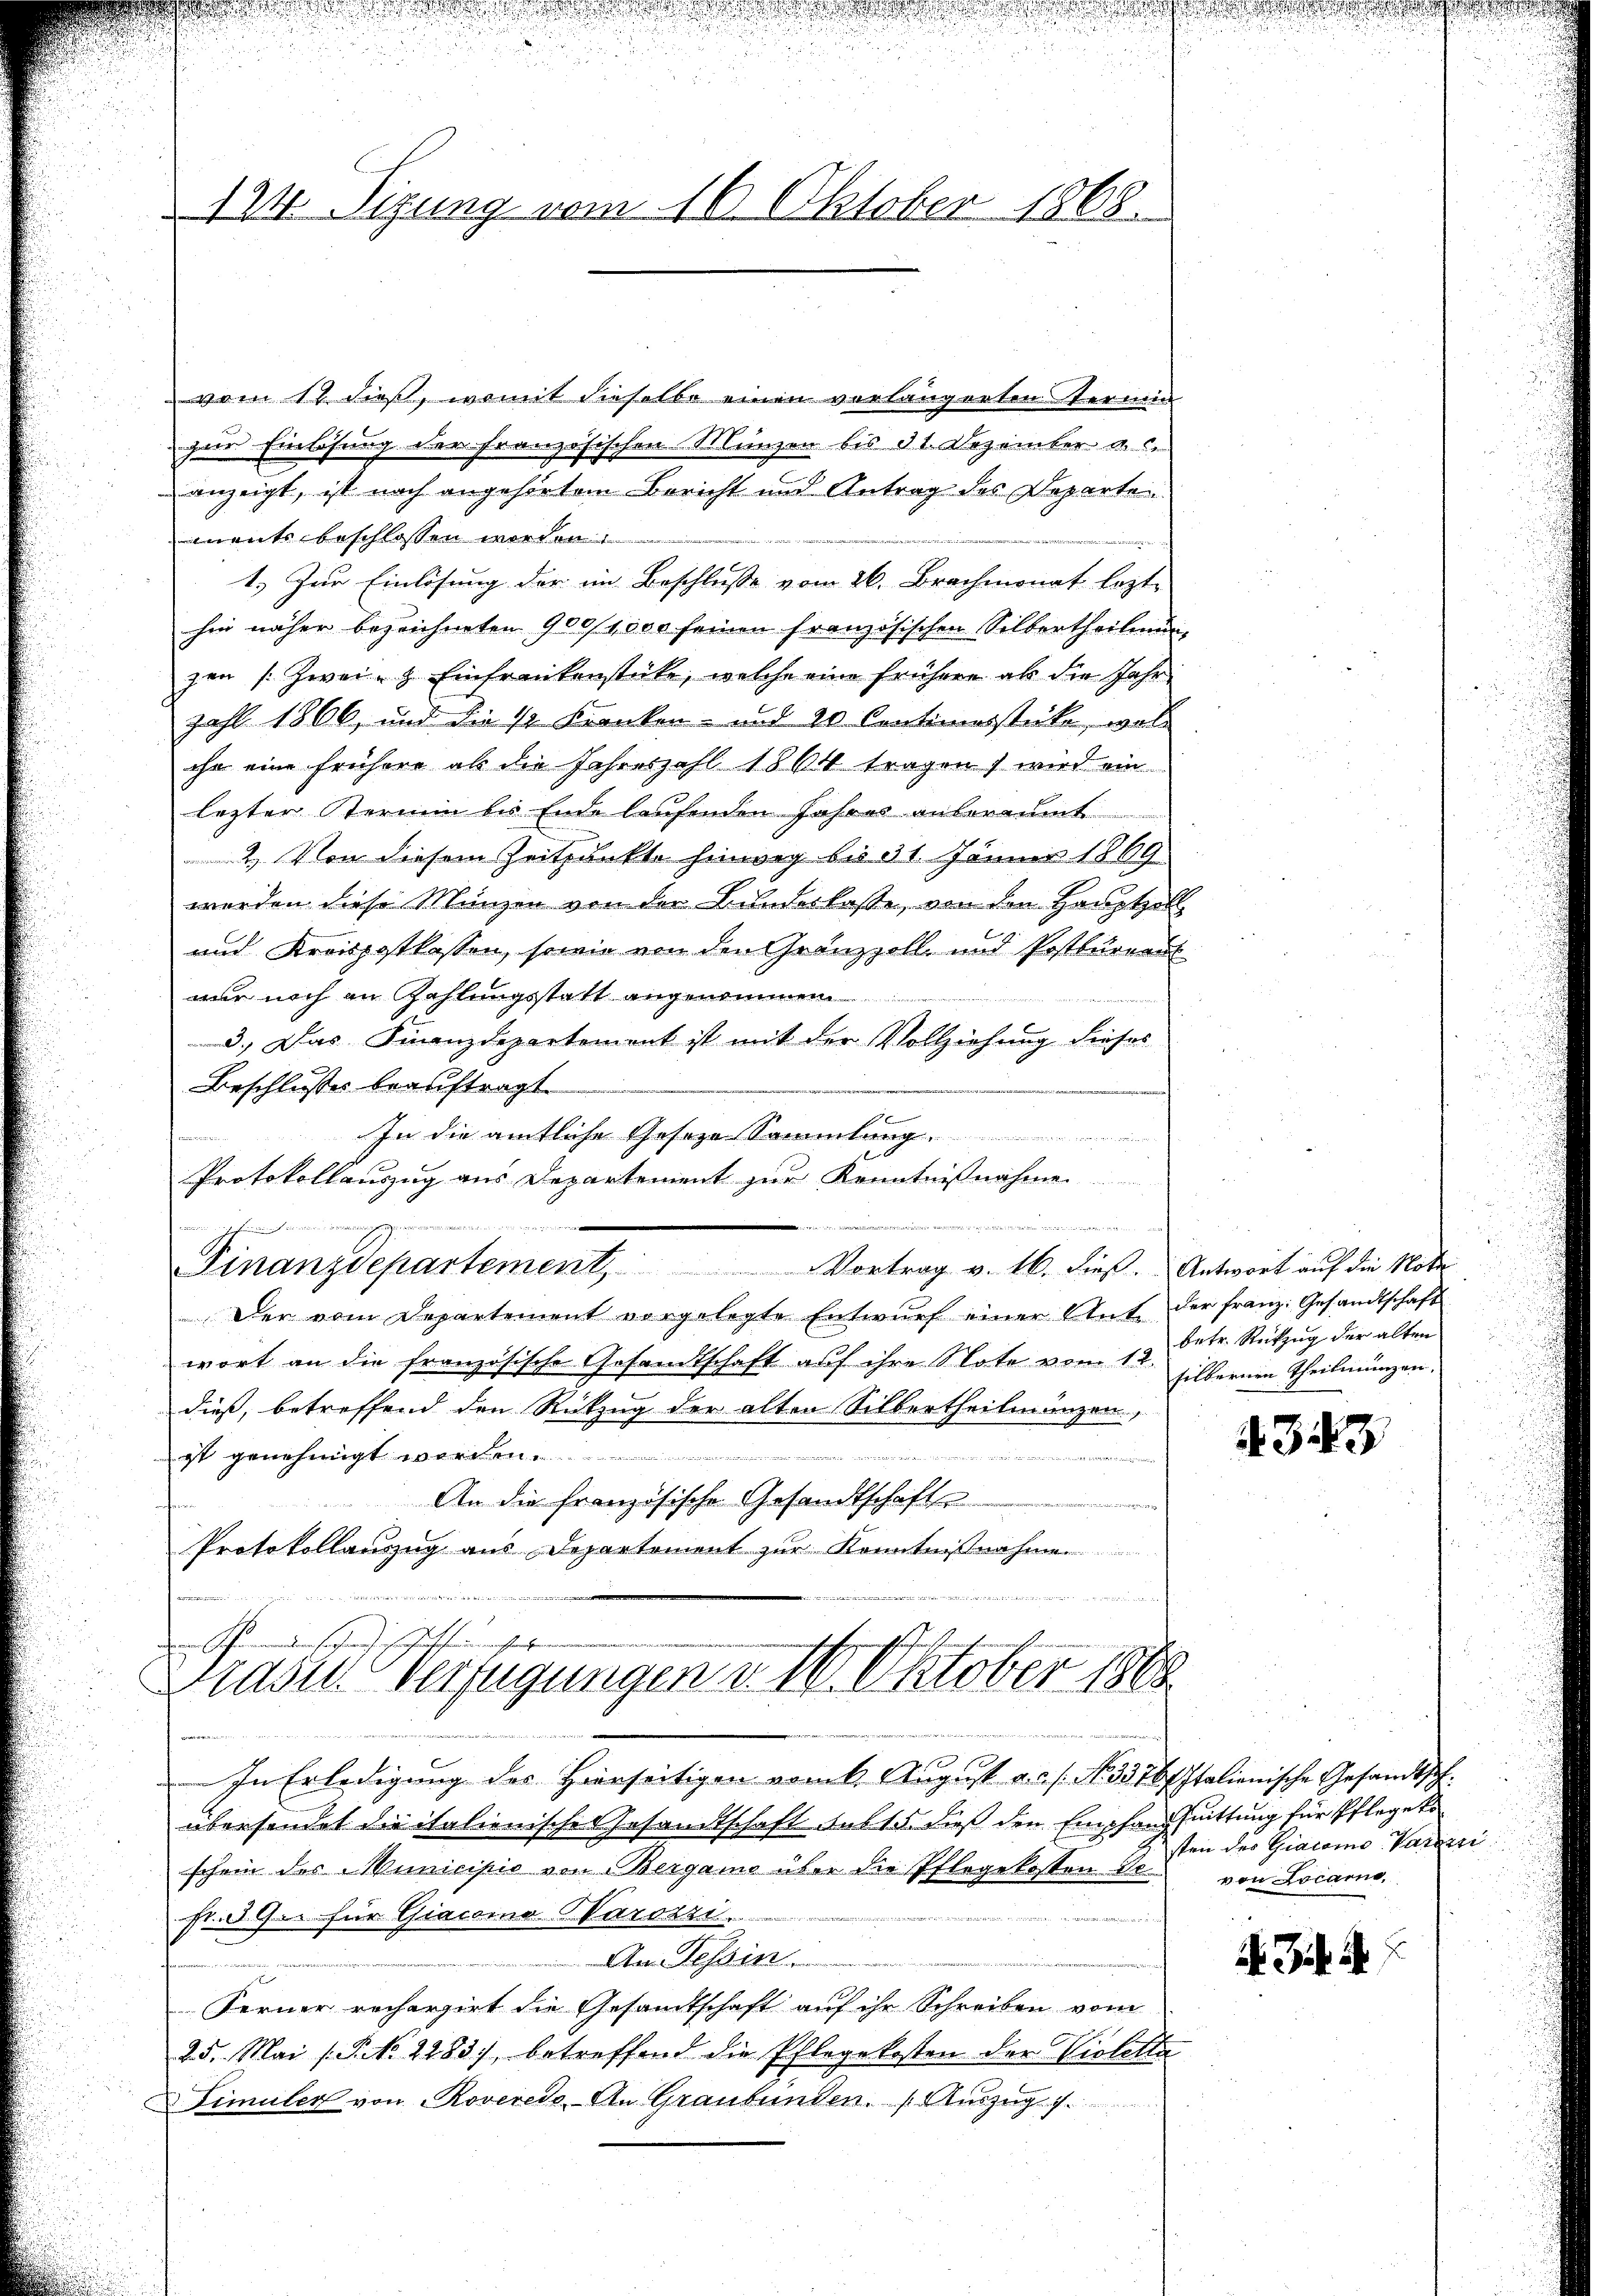
124. Sizung vom 16. Oktober 1868.

vom 17 dieß, womit dieselbe einen vorlängerten Fernein
zur Einlösung der französischen Münzen bis 31. Dezember a. c.
anzeigt, ist noch angehörtem Bericht und Antrag des Departemnent beschlossen worden.
1.) Zur Einlösung der im Beschlusse vom 26. Brachmonat lezte
hin näher bezeichneten 900/1000 seinen französischen Silbertheilmun-
zen Zwei- Einfrenkenstücke, welche eine frühere als die Jahr
zahl 1866, und die 1 Kranken- und 20 Centimerstücke, was
ihr eine frühere als die Jahreszahl 1864 tragen) wird ein
lezter Stermin bis Ende laufenden Jahres anberaumt
2. Von diesem Zeitpunkte hinweg bis 31 Jänner 1869
werden diese Münzen von der Bunderlasse, von den Haupthalt
und Kreispatlassen, sowie von den Gränzzoll- und Postbureau
nur noch an Zahlungsstatt angenommen
3.) Das Finanzdepartement ist mit der Vollziehung dieses
Beschlusses beauftragt.
In die amtliche Geseze Sammlung
Protokollauszug aus Departement zur Kenntnißnahme.

Anderer in die in eine werden
Finanzdepartement, Vortrag v. 16. dieß. Antwort auf die Note
Der vom Departement vorgelegte Entwurf einer Ant. der Franz: Gesandtschaft
wort an die französische Gesandtschaft auf ihre Note vom 12.
dieß, betreffend den Rückzug der alten Silbertheilmanzen,
ist genehmigt worden.
i
An die französische Gesandtschafte
e
Protokollauszug aus Departement zur Kenntnißnahme.
u
u

n angenscharen her
in Gemeinden sehen sich
Brasen Verfügungen v. 16. Oktober 1868

betr. Rückzug der alten
silbernen Theilmungen.

In Erledigung des Hierseitigen vom 6. August a. s. No. 3376 Italienische Gesandtsch.
übersendet die italienisches Gesandtschaft sub 15. dieß den Empfandsmittung für Pflegeko
schein des Municipio von Bergamo über die Pflegekosten Defr. 390 für Giacomo aroszi.
e
Der Tessin
Ferner rechargirt die Gesandtschaft auf ihr Schreiben vom
25. Mai (S. 2283), betreffend die Pflegekosten der Violetta
imuler von Roveredo, An Graubünden. (Auszug

343

sten des Giacomo-Varain
von Locarno,

e